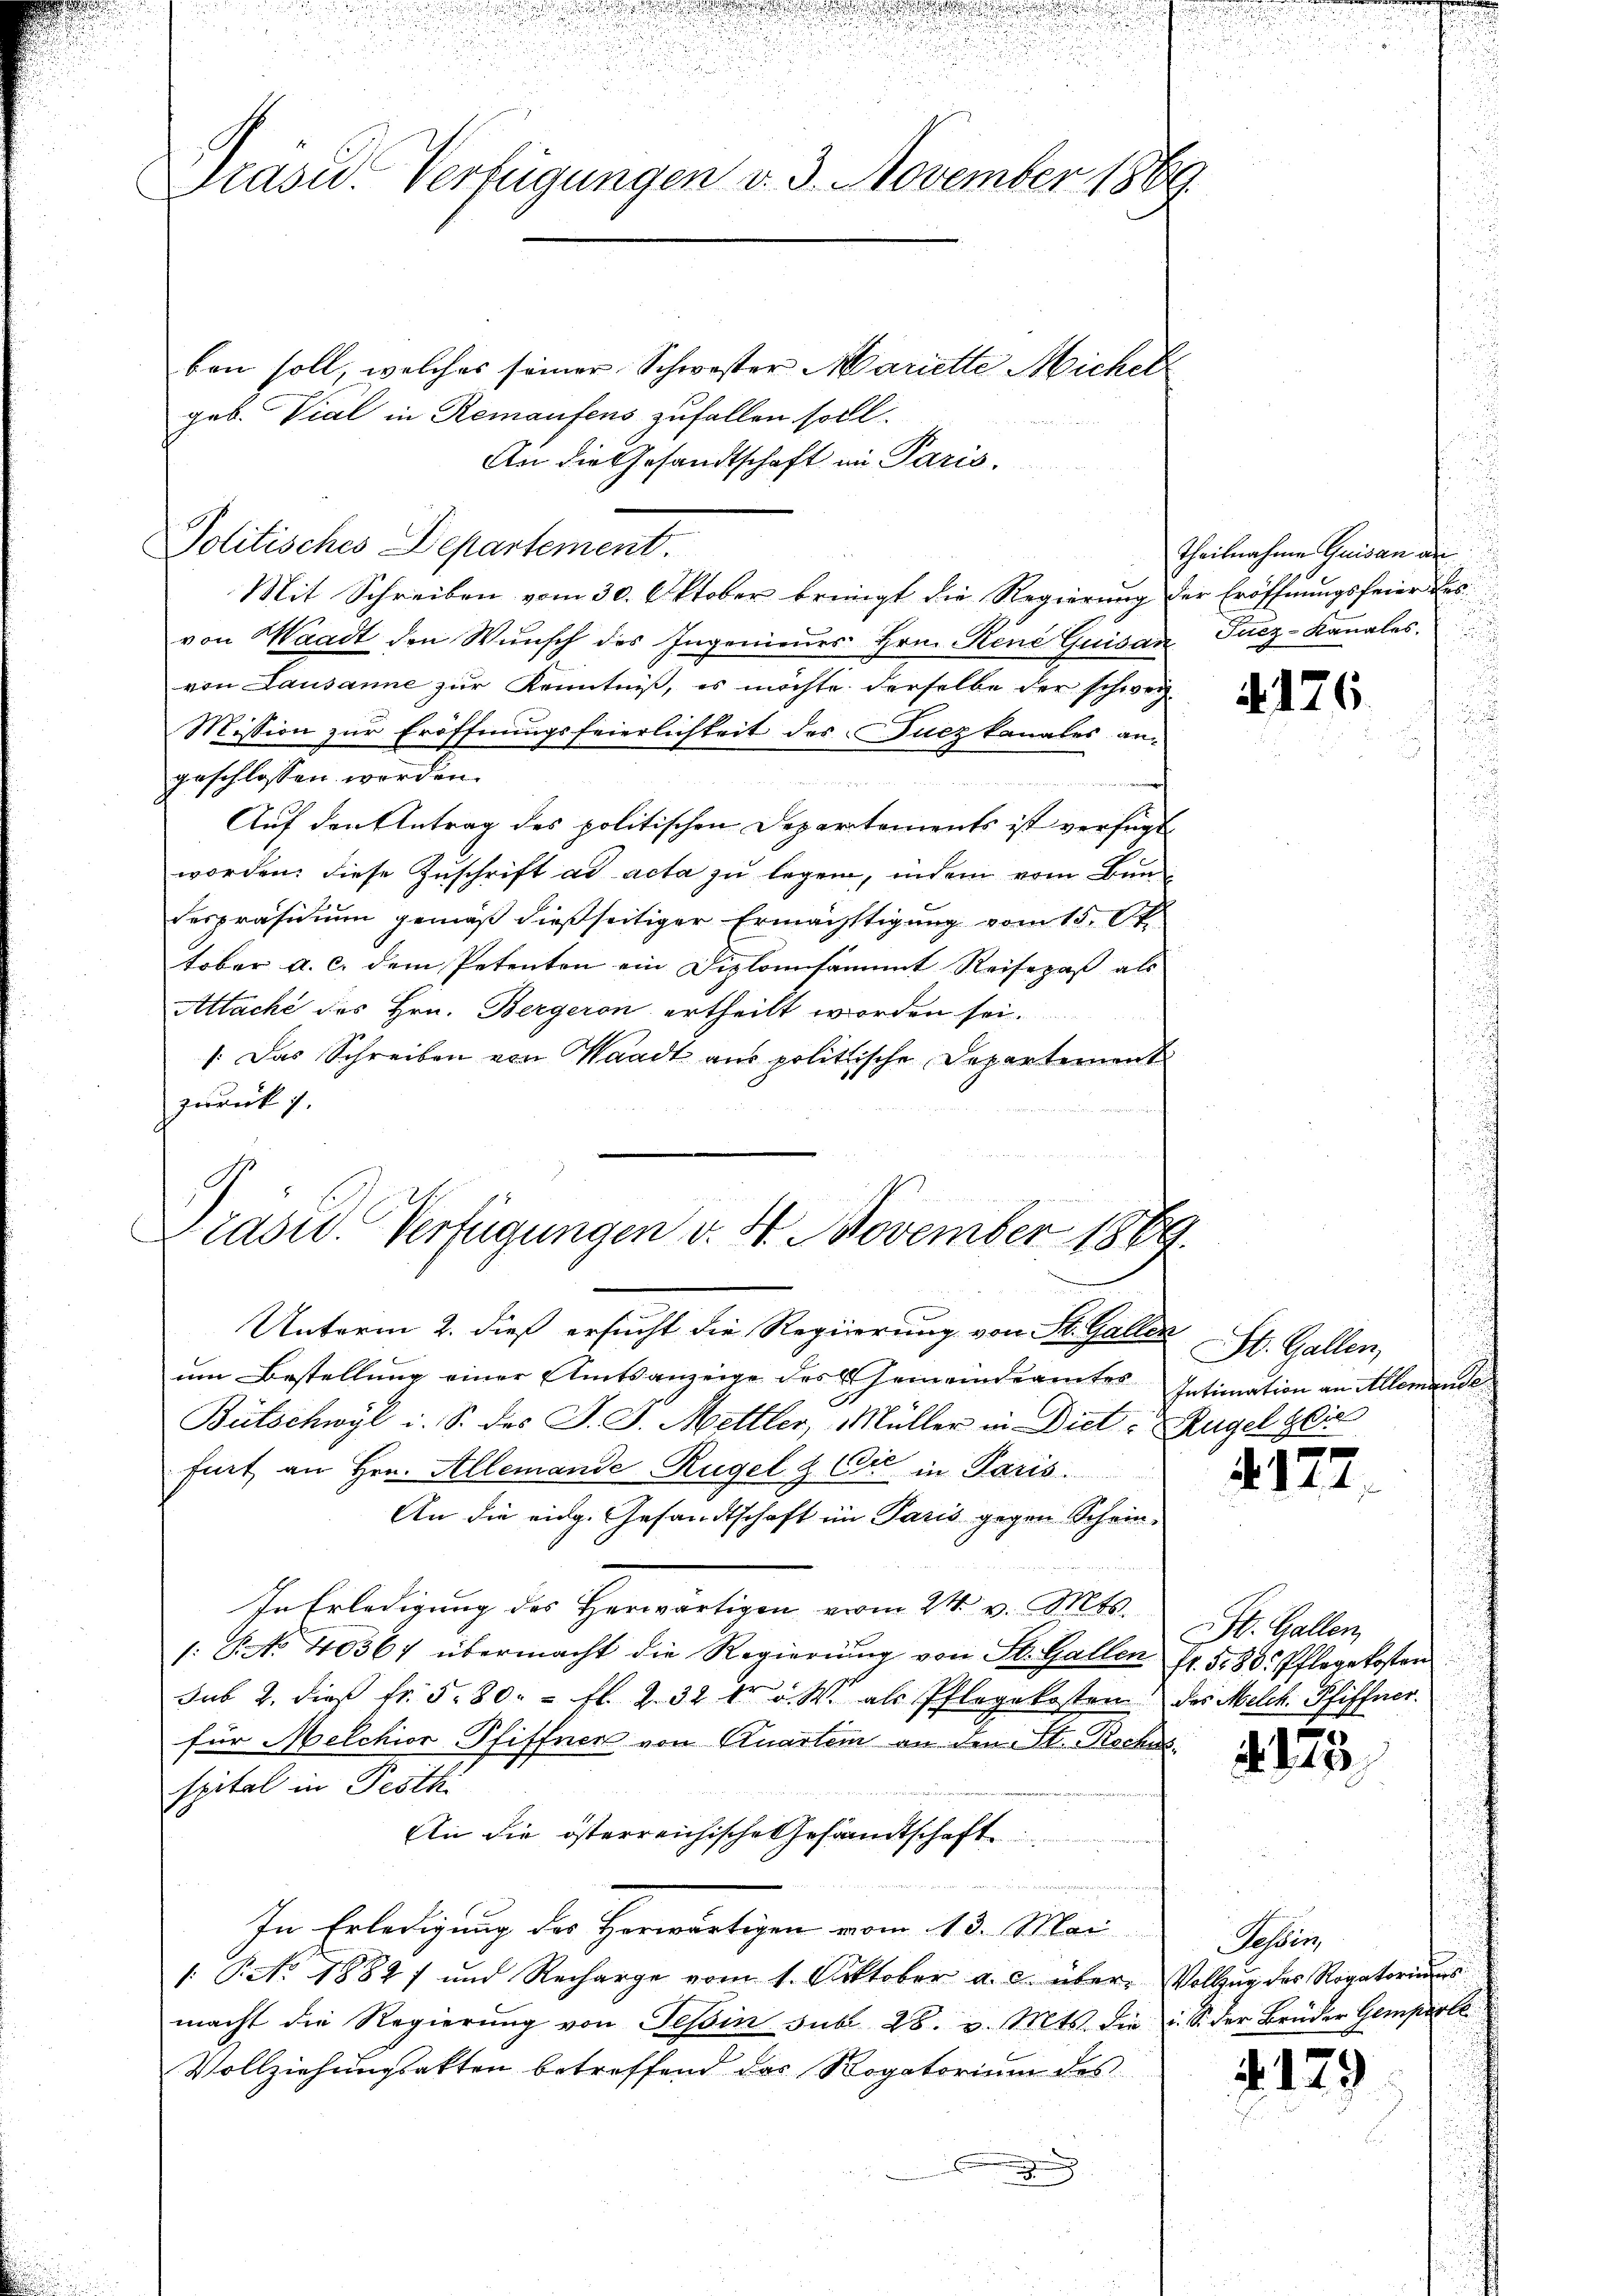
Präsid.. Verfügungen v. 3. November 1869.
ben soll, welches seiner Schwester Mariette Michel
geb. Viel in Remaufens zufallen soll.

Politisches Departement.

An die Gesandtschaft im Paris.
Mit Schreiben vom 30. Oktober bringt die Regierung der Eröffnungsfeier des
von Waadt den Wunsch des Ingenieurs Hrn. Kind Quisan
von Lausanne zur Kenntniß, es möchte derselbe der schweiz.
Mission zur Eröffnungsfeierlichkeit des Fucz kanales angeschlossen werden.

iter die
Auf den Antrag des politischen Departements ist verfügt
worden; diese Zuschrift ad acta zu legen, indem vom Bundespräsidium gemäß dießseitiger Ermächtigung vom 15. Ok
tober a. c. dem Petenton ein Diplomsammt Reisepaß als
Attaché des Hrn. Bergeron ertheilt worden sei.
1. Das Schreiben von Waadt aus politische Departement
zurück i

E
Prasur. Verfügungen v. 4. November 1869.

Unterm 2. dieß ersucht die Regierung von St. Gallen
um Bestellung einer Amtsanzeige des Gemeindeamtes
Bütschwyl i. S. des J. J. Mettler, Müller in Diet-Kugel gei
fort an Hrn. Allemande Rügel & Cie in Paris.
An die eidg. Gesandtschaft im Paris gegen Schein¬

In Erledigung des Herwärtigen vom 24. v. Mts.
/: P. No. 40367 übermacht die Regierŭng von St. Gallen fr. 5. 80. Pflegekosten
sub 2. dies Fr. 5. 80. fl. 2. 32 tr a. W. als Pflegekosten des Melch. Pfiffner
für Melchior Pfiffner von Quartem an den St. Rechus
spital in Pröth
An die österreichische Gesandtschaft
In Erledigung der Herwärtigen vom 13. Mai
/: P. No. 1884) und Recharge vom 1. Oktober a. c. über Vollzŭg des Rogatoriums
macht die Regierung von Tessin sub 28. v. Mts. die u. S. der Brüder Gemperle
Vollziehungsakten betreffend das Rogatorium des

Theilnahme Quisan an
Jucz-Kanales.
h

4. 176.

St. Gallen,
Intimation an Alleman

4122

St. Gallen,

123.

Tessin,

4. 179